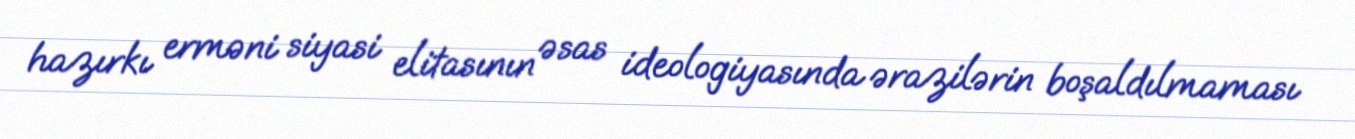
hazırkı erməni siyasi elitasının əsas ideologiyasında ərazilərin boşaldılmaması